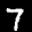
Label: 7